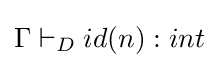
\Gamma \vdash _{D}id(n):int